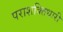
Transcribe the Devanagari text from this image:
पराशक्तिधारी